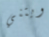
ويتني